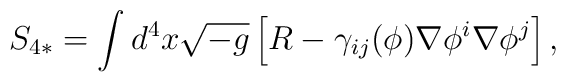
S_{4*} = \int d^4 x \sqrt{-g} \left[ R - \gamma_{ij} (\phi ) \nabla \phi^i \nabla \phi^j \right]   ,